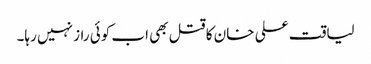
لیاقت علی خان کا قتل بھی اب کوئی راز نہیں رہا۔